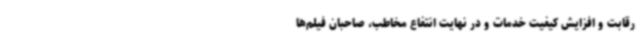
رقابت و افزایش کیفیت خدمات و در نهایت انتفاع مخاطب، صاحبان فیلم‌ها